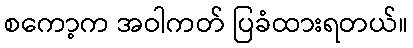
စကော့က အဝါကတ် ပြခံထားရတယ်။